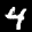
Label: 4